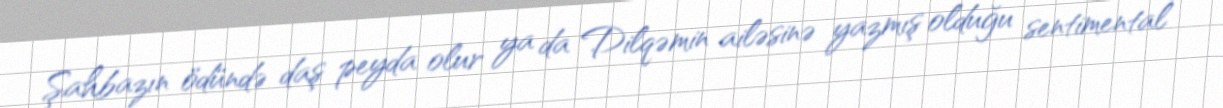
Şahbazın ödündə daş peyda olur ya da Dilqəmin ailəsinə yazmış olduğu sentimental